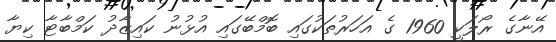
އޭނާގެ ރޯލަކީ 1960 ގެ އަހަރުތަކުގައި ބޮމްބޭގައި އުޅުނު ކައިޒާދު ކަމްބާޓާ ކިޔާ